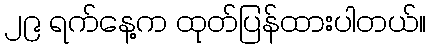
၂၉ ရက်နေ့က ထုတ်ပြန်ထားပါတယ်။